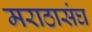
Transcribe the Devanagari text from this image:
मराठासंघ